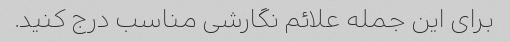
برای این جمله علائم نگارشی مناسب درج کنید.